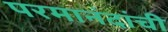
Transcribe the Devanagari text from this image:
परमानंदांची